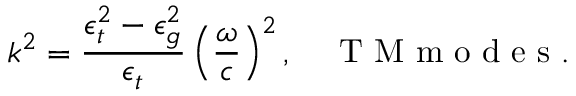
k ^ { 2 } = \frac { \epsilon _ { t } ^ { 2 } - \epsilon _ { g } ^ { 2 } } { \epsilon _ { t } } \left( \frac { \omega } { c } \right) ^ { 2 } , \quad \mathrm { ~ T ~ M ~ m ~ o ~ d ~ e ~ s ~ } .